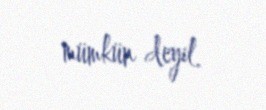
mümkün deyil.